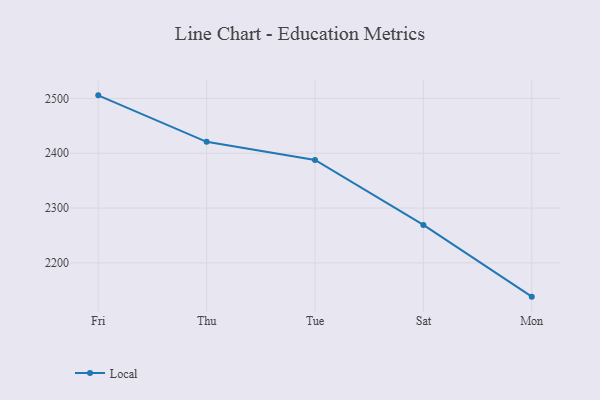
{"axis": {"x": "Day", "y": "LTV (USD)"}, "legend": ["Local"], "data": [{"x": "Fri", "y": 2505.5, "type": "Local"}, {"x": "Thu", "y": 2420.7, "type": "Local"}, {"x": "Tue", "y": 2387.7, "type": "Local"}, {"x": "Sat", "y": 2269.2, "type": "Local"}, {"x": "Mon", "y": 2138.4, "type": "Local"}]}